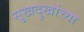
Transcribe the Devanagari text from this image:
सुखदुखांच्या